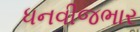
ધનવીજભાર